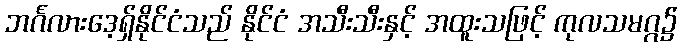
ဘင်္ဂလားဒေ့ရှ်နိုင်ငံသည် နိုင်ငံ အသီးသီးနှင့် အထူးသဖြင့် ကုလသမဂ္ဂ၌